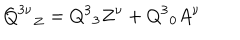
{ { \bf Q } ^ { 3 \nu } } _ { Z } = Q ^ { 3 } { } _ { 3 } Z ^ { \nu } + Q ^ { 3 } { } _ { 0 } A ^ { \nu }